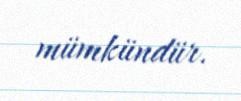
mümkündür.